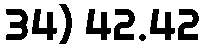
34) 42.42